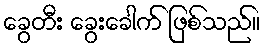
ခွေတီး ခွေးခေါက် ဖြစ်သည်။